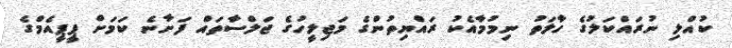
ކުއްލި ނުރައްކަލުގެ ހާލަތު ނިމުމާއެކު ރައްޔިތުންގެ މަޖިލީހުގެ ޖަލްސާތައް ފަށާނެ ކަމަށް ޕީޕީއެމްގެ